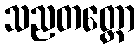
သညတတ္တော